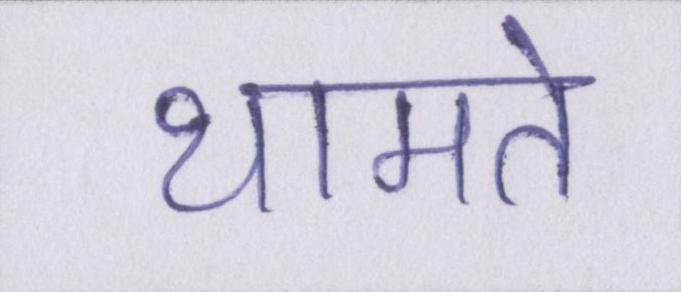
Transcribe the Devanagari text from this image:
थामते